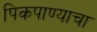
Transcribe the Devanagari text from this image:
पिकपाण्याचा